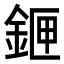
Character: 𨧄